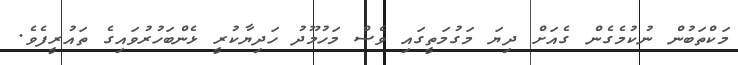
މަކްތަބުން ނުކުމެގެން ގެއަށް ދިޔަ މަގުމަތީގައި ވެސް މަހުމޫދު ހަދިޔާކުރީ ޅެންބަހުރުވައިގެ ތައުރީފެވެ.